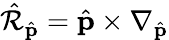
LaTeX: \hat{\mathcal R}_{\hat{\mathbf p}}={\hat{\mathbf p}}\times\nabla_{\hat{\mathbf p}}